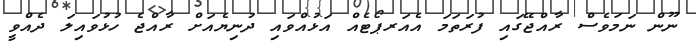
ނޫން ނަަމަވެސް ރާއްޖޭގައި ފުރަތަމަ އެއަރޕޯޓެއް އަޅުއްވައި ދުނިޔެއަށް ރާއްޖެ ހުޅުވައިލަ ދެއްވީ